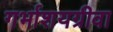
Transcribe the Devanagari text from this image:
गर्भाशयग्रीवा